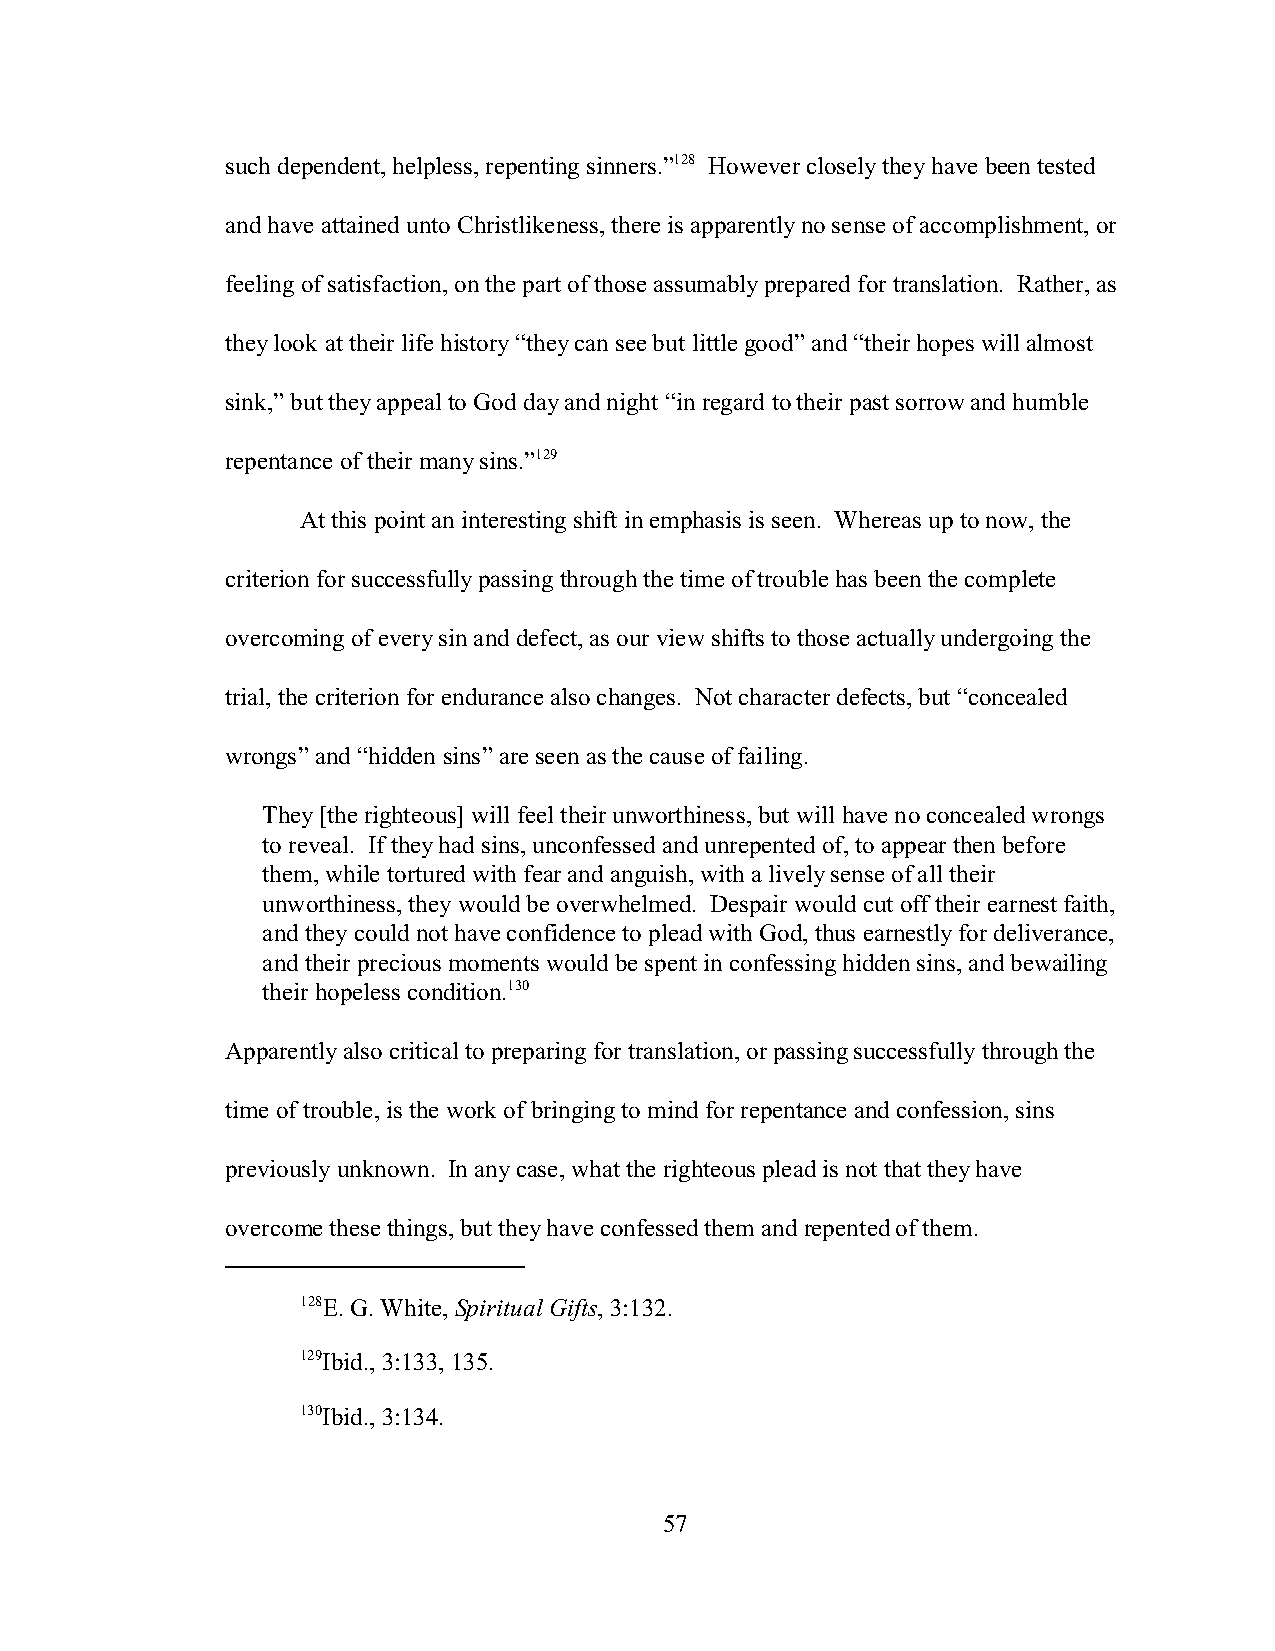
such dependent, helpless, repenting sinners.”128 However closely they have been tested
 and have attained unto Christlikeness, there is apparently no sense of accomplishment, or
 feeling of satisfaction, on the part of those assumably prepared for translation. Rather, as
 they look at their life history “they can see but little good” and “their hopes will almost
 sink,” but they appeal to God day and night “in regard to their past sorrow and humble
 repentance of their many sins.”129
 At this point an interesting shift in emphasis is seen. Whereas up to now, the
 criterion for successfully passing through the time of trouble has been the complete
 overcoming of every sin and defect, as our view shifts to those actually undergoing the
 trial, the criterion for endurance also changes. Not character defects, but “concealed
 wrongs” and “hidden sins” are seen as the cause of failing.
 They [the righteous] will feel their unworthiness, but will have no concealed wrongs
 to reveal. If they had sins, unconfessed and unrepented of, to appear then before
 them, while tortured with fear and anguish, with a lively sense of all their
 unworthiness, they would be overwhelmed. Despair would cut off their earnest faith,
 and they could not have confidence to plead with God, thus earnestly for deliverance,
 and their precious moments would be spent in confessing hidden sins, and bewailing
 their hopeless condition.130
 Apparently also critical to preparing for translation, or passing successfully through the
 time of trouble, is the work of bringing to mind for repentance and confession, sins
 previously unknown. In any case, what the righteous plead is not that they have
 overcome these things, but they have confessed them and repented of them.
 128E. G. White, Spiritual Gifts, 3:132.
 129Ibid., 3:133, 135.
 130Ibid., 3:134.
 57